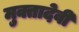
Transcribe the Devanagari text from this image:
मुक्तादेवी